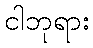
ငါဘုရား